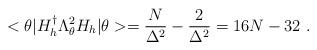
LaTeX: \begin{align*}<\theta|H_{h}^{\dag}\Lambda_{\theta}^{2}H_{h}|\theta>=\frac{N}{\Delta^{2}}-\frac{2}{\Delta^{2}}=16N-32\ .\end{align*}